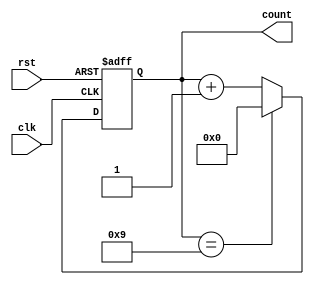
`timescale 1ns / 1ps
//////////////////////////////////////////////////////////////////////////////////
// Company: 
// Engineer: 
// 
// Design Name: 
// Module Name: counter
// Project Name: 
// Target Devices: 
// Tool Versions: 
// Description: 
// 
// Dependencies: 
// 
// Revision:
// Revision 0.01 - File Created
// Additional Comments:
// 
//////////////////////////////////////////////////////////////////////////////////


module counter(
    input clk,
    input rst,
    output reg [3:0] count
    );
    
    always@(posedge clk or posedge rst)
        begin
            if (rst)
                count <= 0;
            else if (count == 9)
                count <= 0;
            else
                count <= count + 1;
        end
    
endmodule